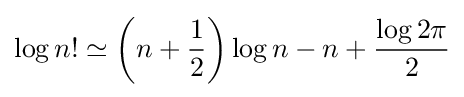
\log n!\simeq \left(n+{\frac {1}{2}}\right)\log n-n+{\frac {\log 2\pi }{2}}